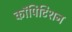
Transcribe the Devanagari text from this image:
कॉपिटिशन